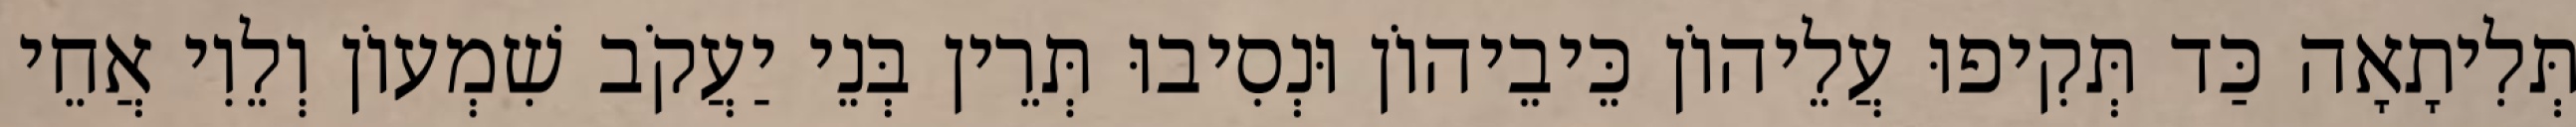
תְּלִיתָאָה כַּד תְּקִיפוּ עֲלֵיהוֹן כֵּיבֵיהוֹן וּנְסִיבוּ תְּרֵין בְּנֵי יַעֲקֹב שִׁמְעוֹן וְלֵוִי אֲחֵי